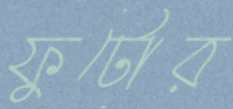
ফুটোর